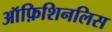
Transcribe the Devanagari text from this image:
ऑफ़िशिनलिस